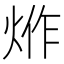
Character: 𤉔